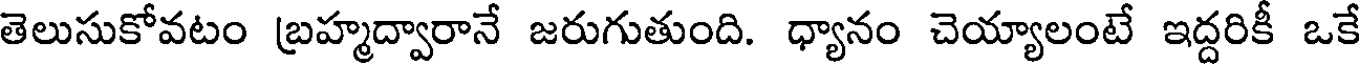
తెలుసుకోవటం బ్రహ్మద్వారానే జరుగుతుంది. ధ్యానం చెయ్యాలంటే ఇద్దరికీ ఒకే